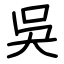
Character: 吳